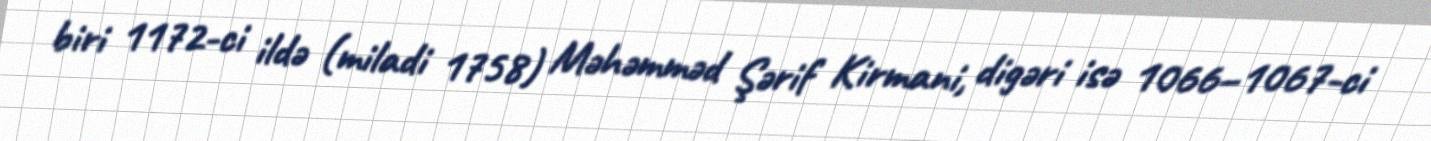
biri 1172-ci ildə (miladi 1758) Məhəmməd Şərif Kirmani, digəri isə 1066–1067-ci